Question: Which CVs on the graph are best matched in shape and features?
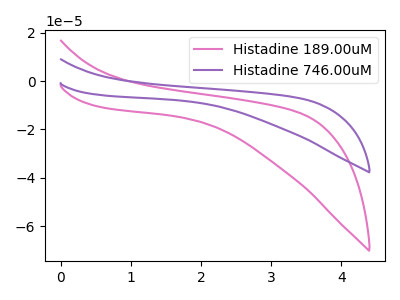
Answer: <think>The pink curve "Histadine 189.00uM" has no peaks. The purple curve "Histadine 746.00uM" has no peaks.
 Neither "Histadine 189.00uM" or "Histadine 746.00uM" have any peaks.</think>
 <answer>"Histadine 189.00uM" and "Histadine 746.00uM" have the same shape and are likely CV's of the same chemical.</answer>
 <eval>"Histadine 189.00uM" "Histadine 746.00uM"</eval>